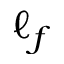
\ell _ { f }